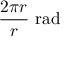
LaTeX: { \frac { 2 \pi r } { r } } { \mathrm { ~ r a d } }